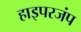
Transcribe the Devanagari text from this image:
हाइपरजंप